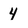
Character: 4